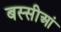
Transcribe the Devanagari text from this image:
बस्सीआं